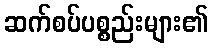
ဆက်စပ်ပစ္စည်းများ၏